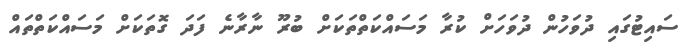
ސައިޓުގައި ދުވަހުން ދުވަހަށް ކުރާ މަސައްކަތްތަކަށް ބުރޫ ނާރާނެ ފަދަ ގޮތަކަށް މަސައްކަތްތައް